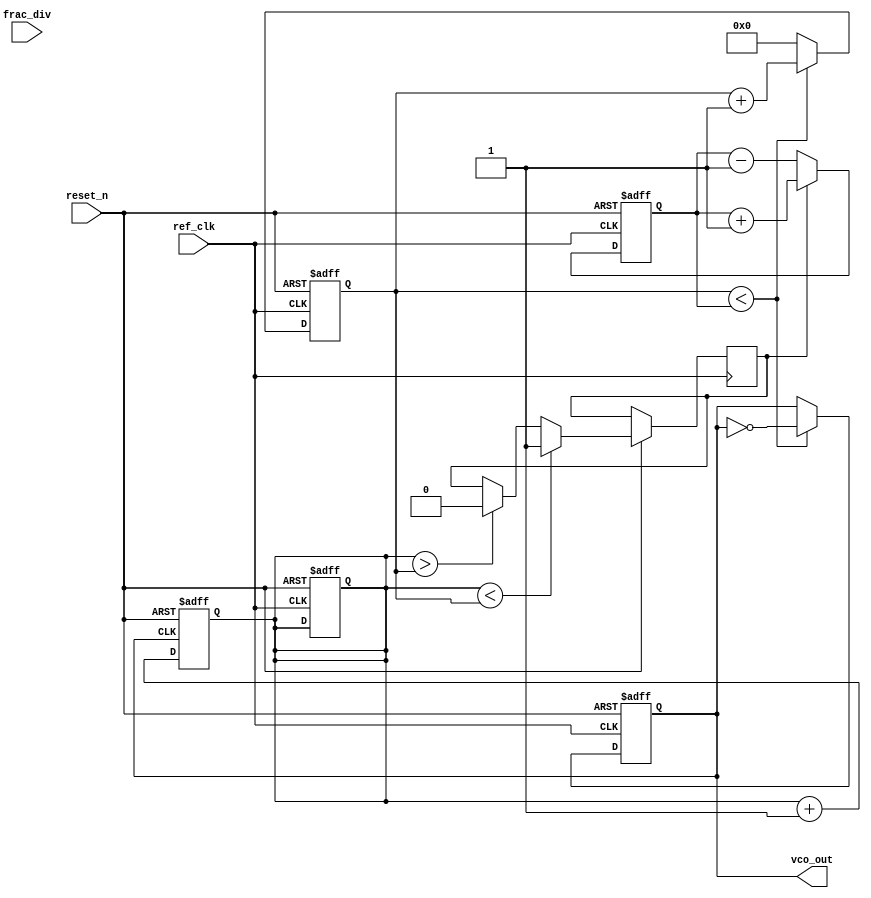
module fractional_pll (
    input wire ref_clk,          // Reference clock input
    input wire reset_n,         // Active low reset
    input wire [15:0] frac_div, // Fractional division ratio (e.g., 16 bits)
    output reg vco_out          // Output of the VCO
);

// Internal signals
reg [15:0] counter;            // Counter for VCO division
reg [31:0] feedback_counter;   // Feedback counter for fractional division
wire phase_error;              // Phase error signal
reg control_voltage;            // Control voltage for VCO

// Phase Detector
always @(posedge ref_clk or negedge reset_n) begin
    if (!reset_n) begin
        feedback_counter <= 0;
    end else begin
        // Simple phase error detection logic (leading/lagging)
        if (feedback_counter < counter) begin
            phase_error <= 1; // Output leading
        end else if (feedback_counter > counter) begin
            phase_error <= 0; // Output lagging
        end
    end
end

// Loop Filter (simple low-pass filter)
always @(posedge ref_clk or negedge reset_n) begin
    if (!reset_n) begin
        control_voltage <= 0;
    end else begin
        if (phase_error) begin
            control_voltage <= control_voltage + 1; // Increase control voltage
        end else begin
            control_voltage <= control_voltage - 1; // Decrease control voltage
        end
    end
end

// Voltage-Controlled Oscillator (VCO)
always @(posedge ref_clk or negedge reset_n) begin
    if (!reset_n) begin
        counter <= 0;
        vco_out <= 0;
    end else begin
        // VCO frequency generation based on control voltage
        if (counter < control_voltage) begin
            vco_out <= ~vco_out; // Toggle output for VCO
            counter <= counter + 1;
        end else begin
            counter <= 0; // Reset the counter
        end
    end
end

// Feedback path
always @(posedge vco_out or negedge reset_n) begin
    if (!reset_n) begin
        feedback_counter <= 0;
    end else begin
        feedback_counter <= feedback_counter + 1; // Count VCO output cycles
    end
end

endmodule